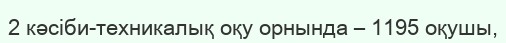
2 кәсіби-техникалық оқу орнында – 1195 оқушы,